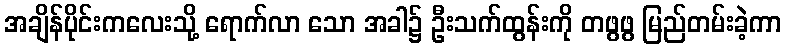
အချိန်ပိုင်းကလေးသို့ ရောက်လာ သော အခါ၌ ဦးသက်ထွန်းကို တဖွဖွ မြည်တမ်းခဲ့ကာ